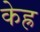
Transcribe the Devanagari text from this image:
केह्र